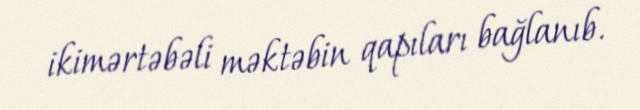
ikimərtəbəli məktəbin qapıları bağlanıb.